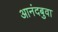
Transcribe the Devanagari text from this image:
आनंदबुवा